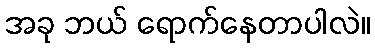
အခု ဘယ် ရောက်နေတာပါလဲ။